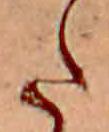
た